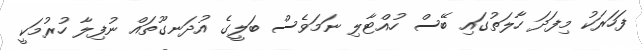
ފަހަރަކު މިފަދަ ހާލަތުގައި ބޭސް ހުއްޓާލި ނަމަވެސް ބަލީގެ އުދަނގޫތައް ނުފިލާ ހުރުމަކީ